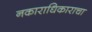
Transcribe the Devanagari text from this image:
नकाराधिकाराचा